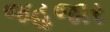
જહૂજાર